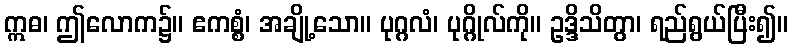
ဣဓ၊ ဤလောက၌။ ဧကစ္စံ၊ အချို့သော။ ပုဂ္ဂလံ၊ ပုဂ္ဂိုလ်ကို။ ဥဒ္ဒိသိတွာ၊ ရည်ရွယ်ပြီး၍။